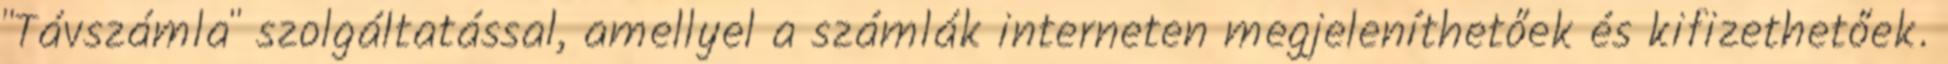
"Távszámla" szolgáltatással, amellyel a számlák interneten megjeleníthetőek és kifizethetőek.